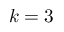
k = 3